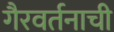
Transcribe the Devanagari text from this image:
गैरवर्तनाची